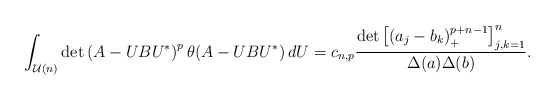
\begin{align*} \int_{\mathcal U(n)} \det \left(A-UBU^*\right)^{p} \theta(A-UBU^*) \, dU= c_{n,p} \frac{\det \left[\left( a_j - b_k\right)_+^{p+n-1} \right]_{j,k=1}^n}{\Delta(a) \Delta(b)}.\end{align*}